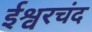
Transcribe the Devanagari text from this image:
ईश्वरचंद